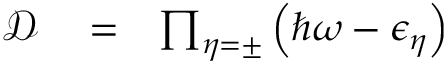
\begin{array} { r l r } { \mathcal { D } } & { { } = } & { \prod _ { \eta = \pm } \left( \hbar \omega - \epsilon _ { \eta } \right) } \end{array}